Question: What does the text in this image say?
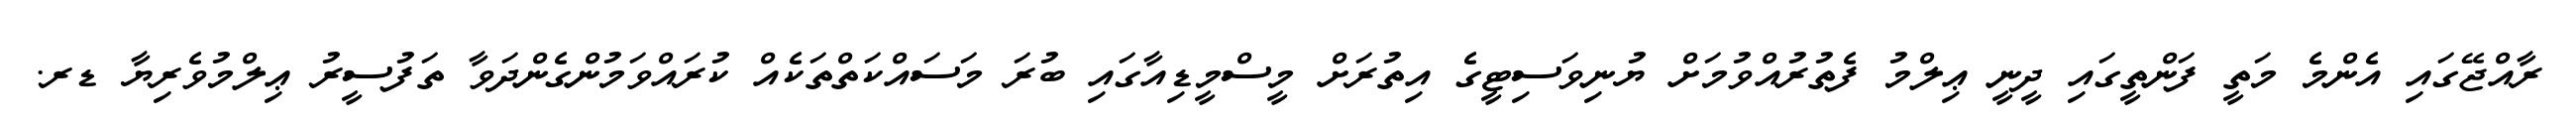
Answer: ރާއްޖޭގައި އެންމެ މަތީ ފަންތީގައި ދީނީ ޢިލްމު ފެތުރުއްވުމަށް ޔުނިވަސިޓީގެ އިތުރަށް މީސްމީޑިއާގައި ބުރަ މަސައްކަތްތަކެއް ކުރައްވަމުންގެންދަވާ ތަފުސީރު ޢިލްމުވެރިޔާ ޑރ.